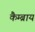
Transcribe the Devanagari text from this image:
कैम्ब्राय